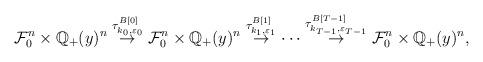
LaTeX: \begin{align*}\mathcal{F}^n_0\times \mathbb{Q}_+(y)^n\buildrel \tau^{B[0]}_{k_0,\varepsilon_0} \over \rightarrow\mathcal{F}^n_0\times \mathbb{Q}_+(y)^n\buildrel \tau^{B[1]}_{k_{1},\varepsilon_{1}}\over\rightarrow\cdots\buildrel \tau^{B[T-1]}_{k_{T-1},\varepsilon_{T-1}}\over \rightarrow\mathcal{F}^n_0\times \mathbb{Q}_+(y)^n,\end{align*}